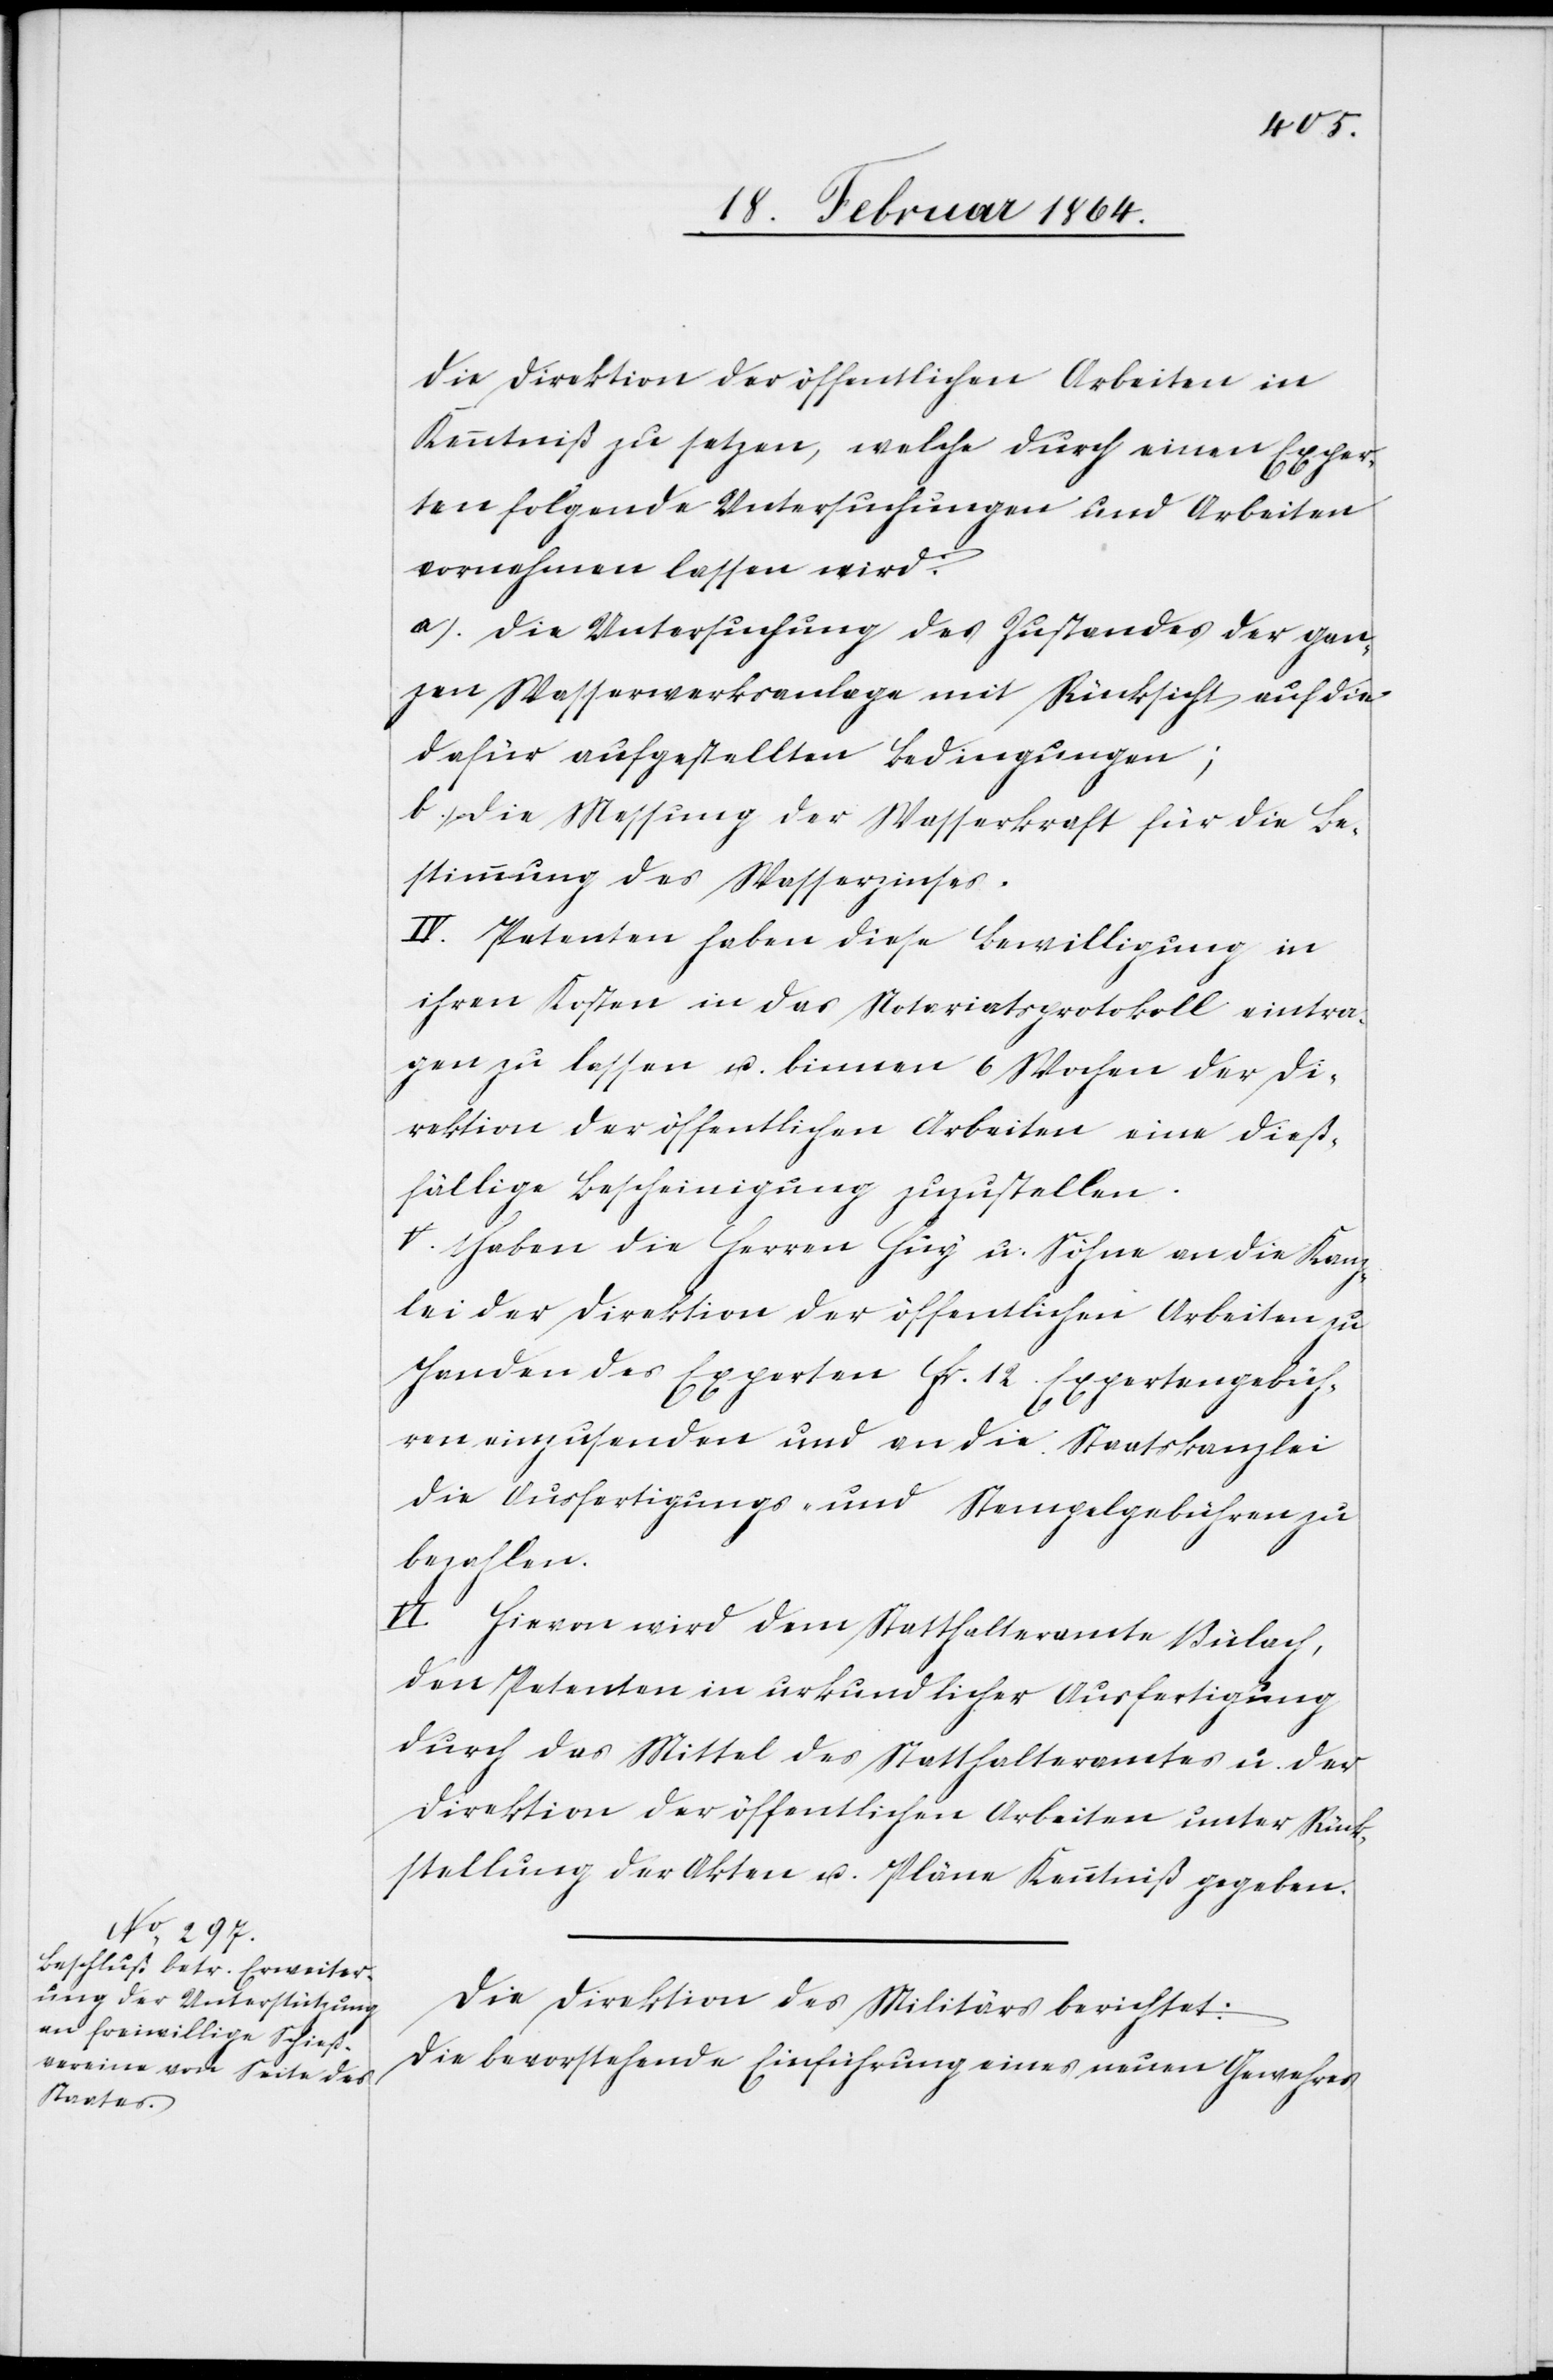
die Direktion der öffentlichen Arbeiten in
Kenntniß zu setzen, welche durch einen Exper¬
ten folgende Untersuchungen und Arbeiten
vornehmen lassen wird:
a.) Die Untersuchung des Zustandes der gan¬
zen Wasserwerksanlage mit Rücksicht auf die
dafür aufgestellten Bedingungen;
b.) Die Messung der Wasserkraft für die Be¬
stimmung des Wasserzinses.
IV. Petenten haben diese Bewilligung in
ihren Kosten in das Notariatsprotokoll eintra¬
gen zu lassen u. binnen 6 Wochen der Di¬
rektion der öffentlichen Arbeiten eine dieß¬
fällige Bescheinigung zuzustellen.
V. Haben die Herren Huy u. Söhne an die Kanz¬
lei der Direktion der öffentlichen Arbeiten zu
Handen des Experten fr. 12 Expertengebüh¬
ren einzusenden und an die Staatskanzlei
die Ausfertigungs- und Stempelgebühren zu
bezahlen.
VI. Hievon wird dem Statthalteramte Bülach,
den Petenten in urkundlicher Ausfertigung
durch das Mittel des Statthalteramtes u. der
Direktion der öffentlichen Arbeiten unter Rück¬
stellung der Akten u. Pläne Kenntniß gegeben.
Die Direktion des Militärs berichtet:
Die bevorstehende Einführung eines neuen Gewehres